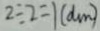
2 \div 2 = 1 ( d m )